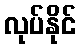
လုပ်နိုင်